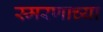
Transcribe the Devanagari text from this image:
स्मरणाच्या